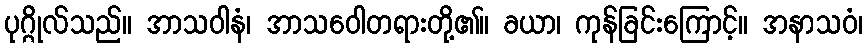
ပုဂ္ဂိုလ်သည်။ အာသဝါနံ၊ အာသဝေါတရားတို့၏။ ခယာ၊ ကုန်ခြင်းကြောင့်။ အနာသဝံ၊